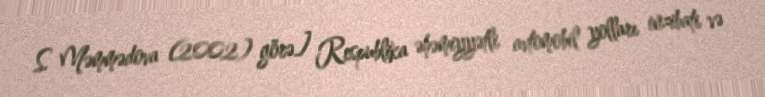
S. Məmmədova (2002) görə] Respublika əhəmiyyətli avtomobil yolları inzibati və